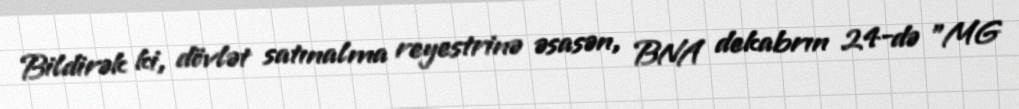
Bildirək ki, dövlət satınalma reyestrinə əsasən, BNA dekabrın 24-də "MG